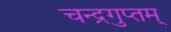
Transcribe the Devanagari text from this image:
चन्द्रगुप्तम्